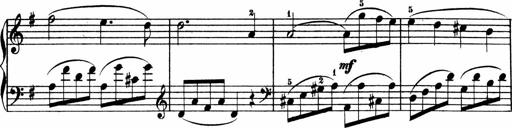
Title: 3 Sonatinen
Composer: Heinrich Lichner